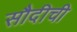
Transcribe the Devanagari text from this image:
सौदीची